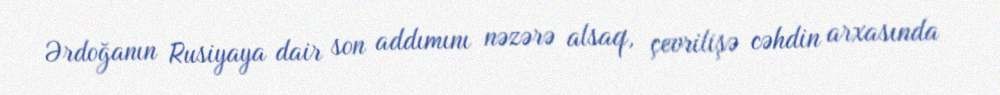
Ərdoğanın Rusiyaya dair son addımını nəzərə alsaq, çevrilişə cəhdin arxasında